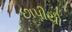
છાપીયો